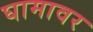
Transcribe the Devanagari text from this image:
घामावर